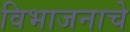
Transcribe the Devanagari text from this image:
विभाजनाचे